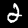
Label: 2